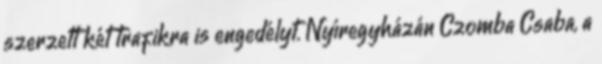
szerzett két trafikra is engedélyt. Nyíregyházán Czomba Csaba, a